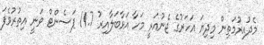
މެދުއިރުމަތިިން މިދިޔަ އަހަރުގެ ޖެނުއަރީ މަހާ އަޅާބަލާއިރު 11.7 ޕަސެންޓް ވަނީ އިތުރުވެފަ